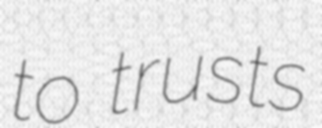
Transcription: to trusts